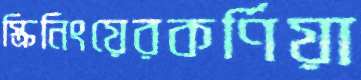
স্ক্রিনিংয়েরকর্ণিয়া